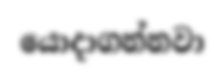
යොදාගන්නවා